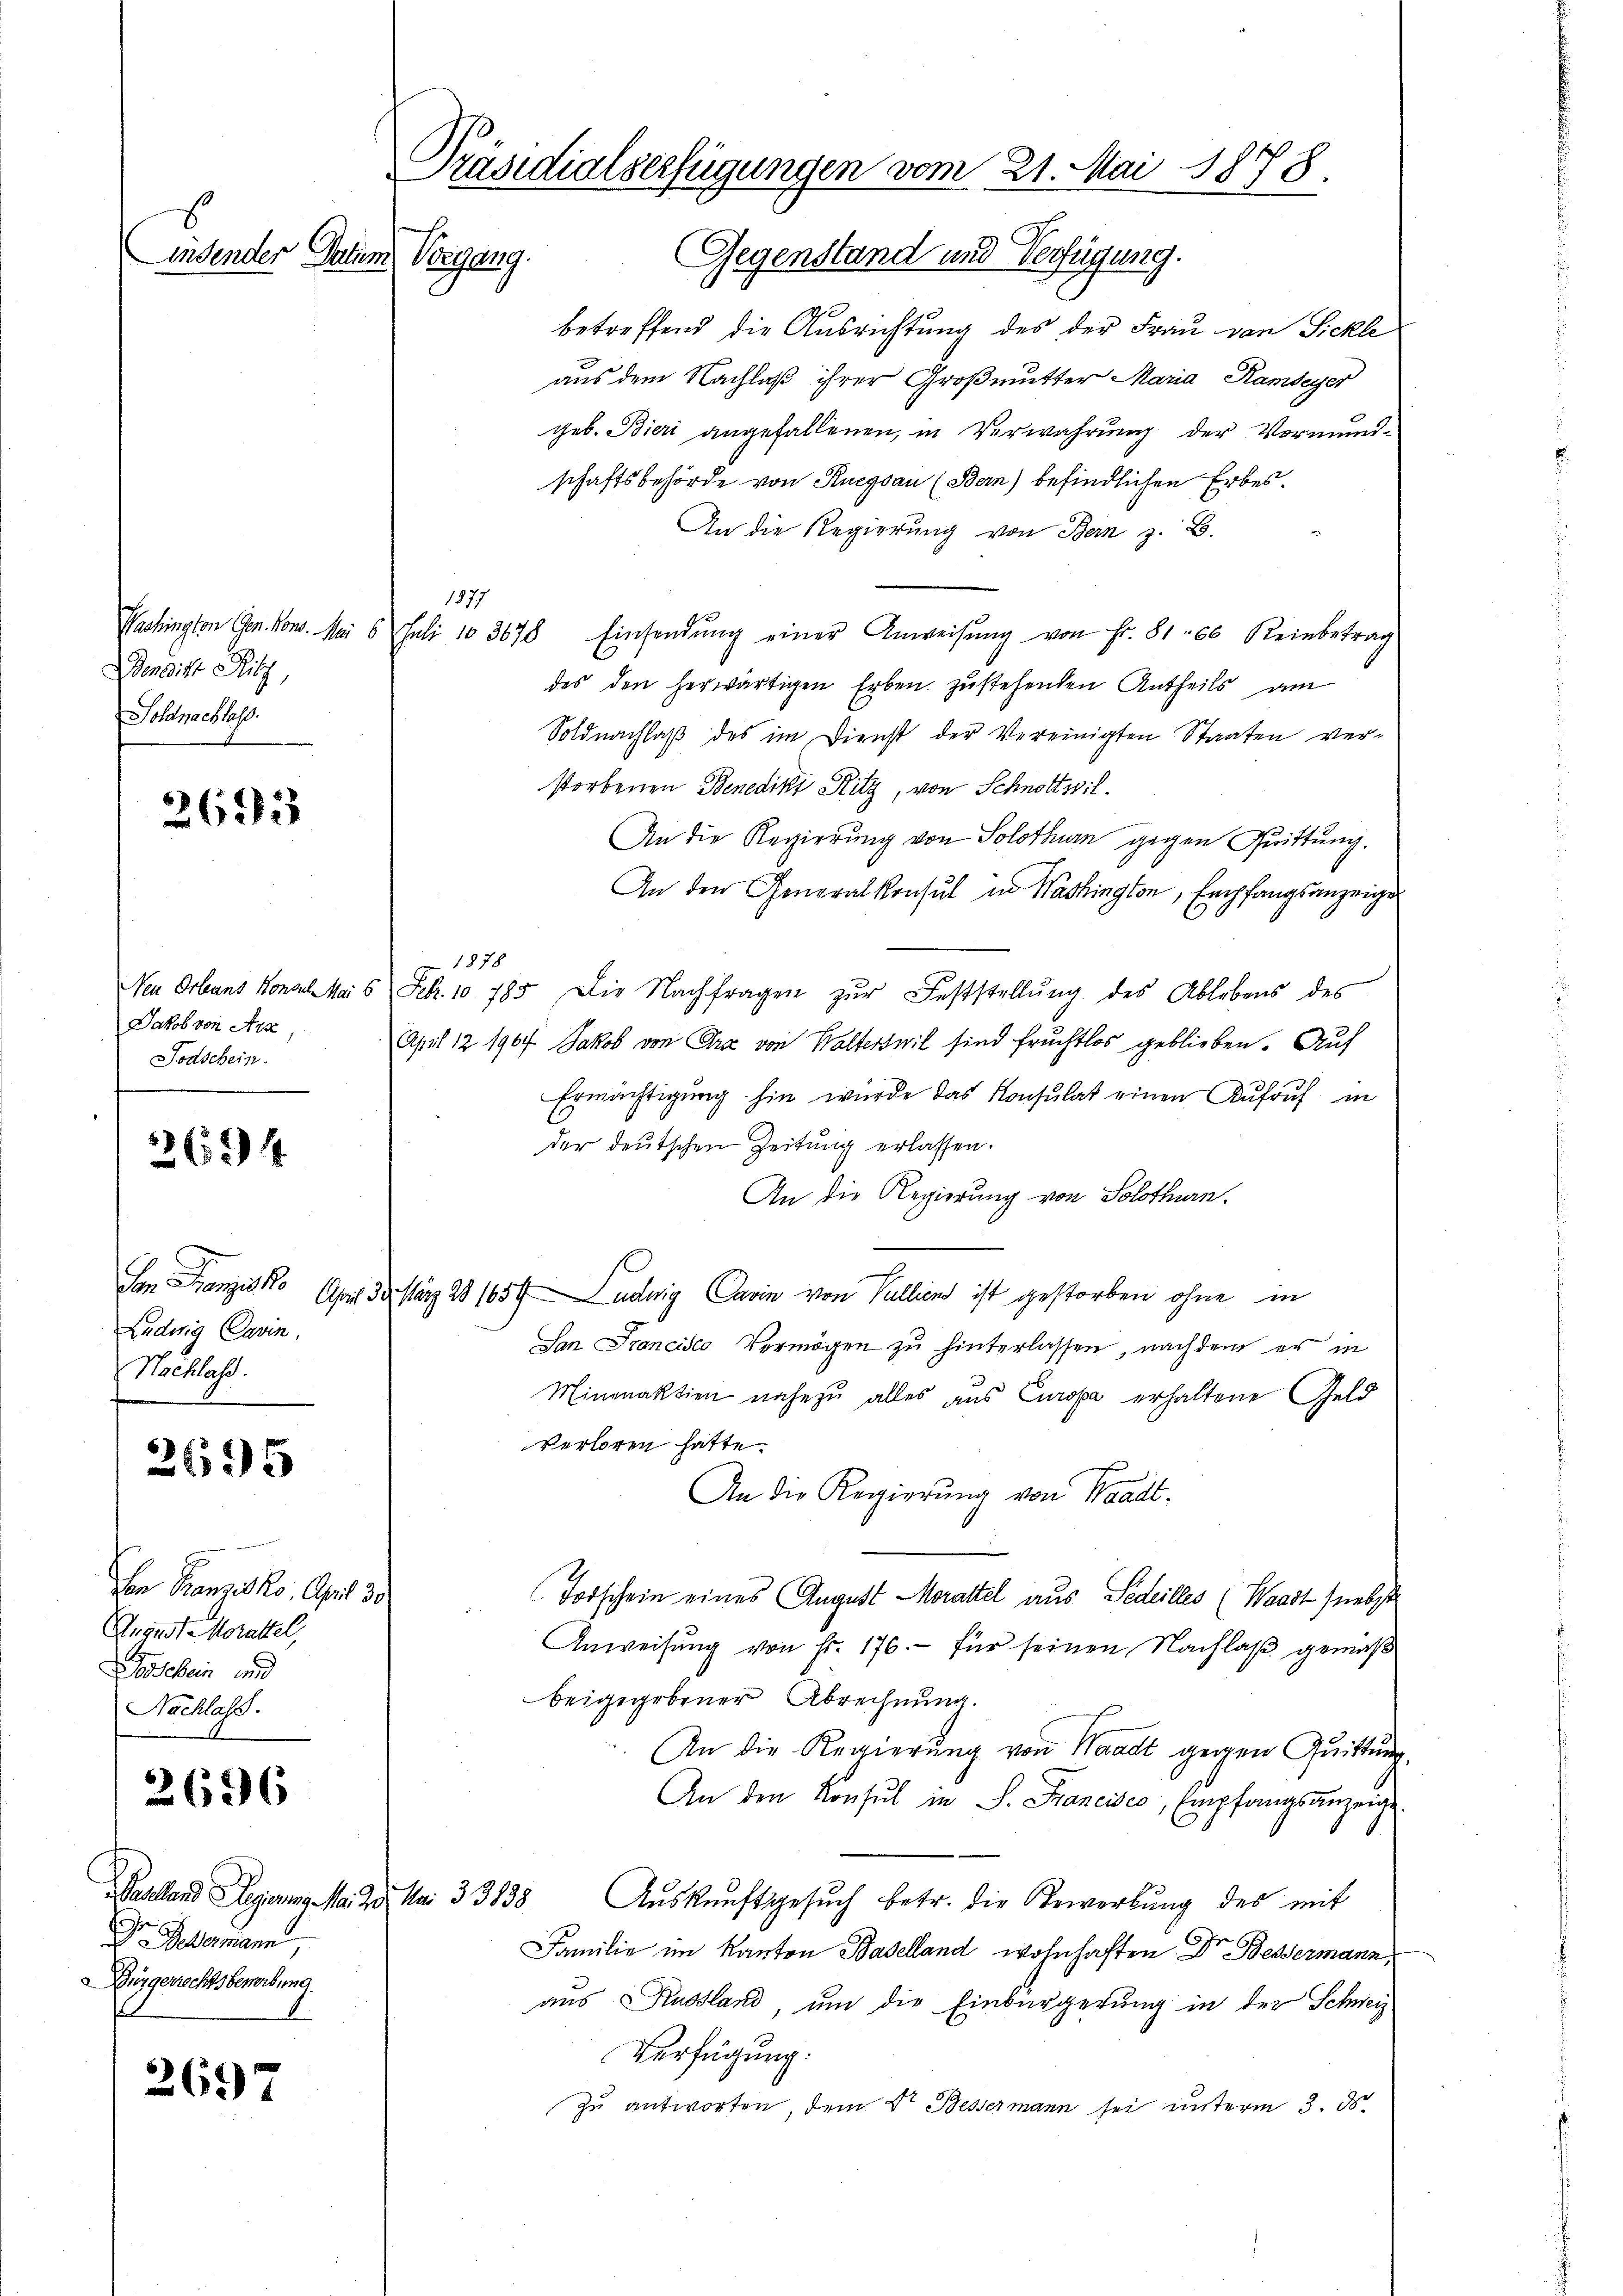
S
insender Datum

2633

3694

Den Panzes ko
Ludwig Cavin.
Nachlass.

2695

2696

Dr. Beklamann,
Burgerrechtsbewerbung.
1

2697

ensist Ritz,
Sohdtnachlass.

Jakob von Arx,
Todschein.

Von Franzisko. April 30
August Morattel,
sschein und
Nachlass.

Präsidialserfügungen vom 21. Mai 1878.
Vorgang. Gegenstand und Verfügung.

1877

betreffend die Ausrichtung des der Frau von Sickle
aus dem Nachlaß ihrer Großmutter Maria Rambeyer
geb. Bieri angefallenen, in Verwahrung der Vormund-
schaftsbehörde von Ruegsau (Bern) befindlichen Erbes¬
An die Regierŭng von Bern z. B.
Washington Gen. Kons. Mai 6 Juli 103678. Einsendŭng einer Anweisŭng von Fr. 81. 66 Reinbetrag
des den herwärtigen Erben zustehenden Antheils am
Soldnachlaß des im Dienst der Vereinigten Staaten verstorbenen Benedikt Kitz, von Schnottwil¬
An die Regierung von Solothurn gegen Quittung.
An den Generalkonsul in Washington, Empfangsanzeige
1878
Neu Orbans Honale 5 Febr. 10785. Die Nachfragen zŭr Feststellŭng des Ablebens des
April 12 1907 Jakob von Graz von Walterswil sind fruchtlos geblieben. Auf
Ermächtigung hin wurde das Konsulat einen Aufruf in
der deutschen Zeitung erlassen.
An die Regierung von Solothurn.
April der stärz 28 1654 Luduig Cavin von Vullien ist gestorben ohne in
San Francisco Vermögen zu hinterlassen, nachdem er in
Minmnaktien nahezu alles aus Curopa erhaltene Geld
verloren hatte.
An die Regierung von Waadt-
Todschein eines August Morattel aus Sedeilles (Waadt (nebste
Anweisung von Fr. 176.- für seinen Nachlaß gemäß
beigegebener Abrechnung.
An die Regierung von Waadt gegen Quittung.
An den Konsul in S. Francisco, Empfangsanzeige
Baselland Regierung a. 20. Mn. 33838 Auskunftsgesuch betr. die Bewerbung des mit
Familie im Kanton Baselland wohnhaften Dr Bessermann,
aus Russland, um die Einbürgerung in der Schweiz
Verfügung.
zu antworten, dem Dr. Bessermann sei unterm 3. ds.